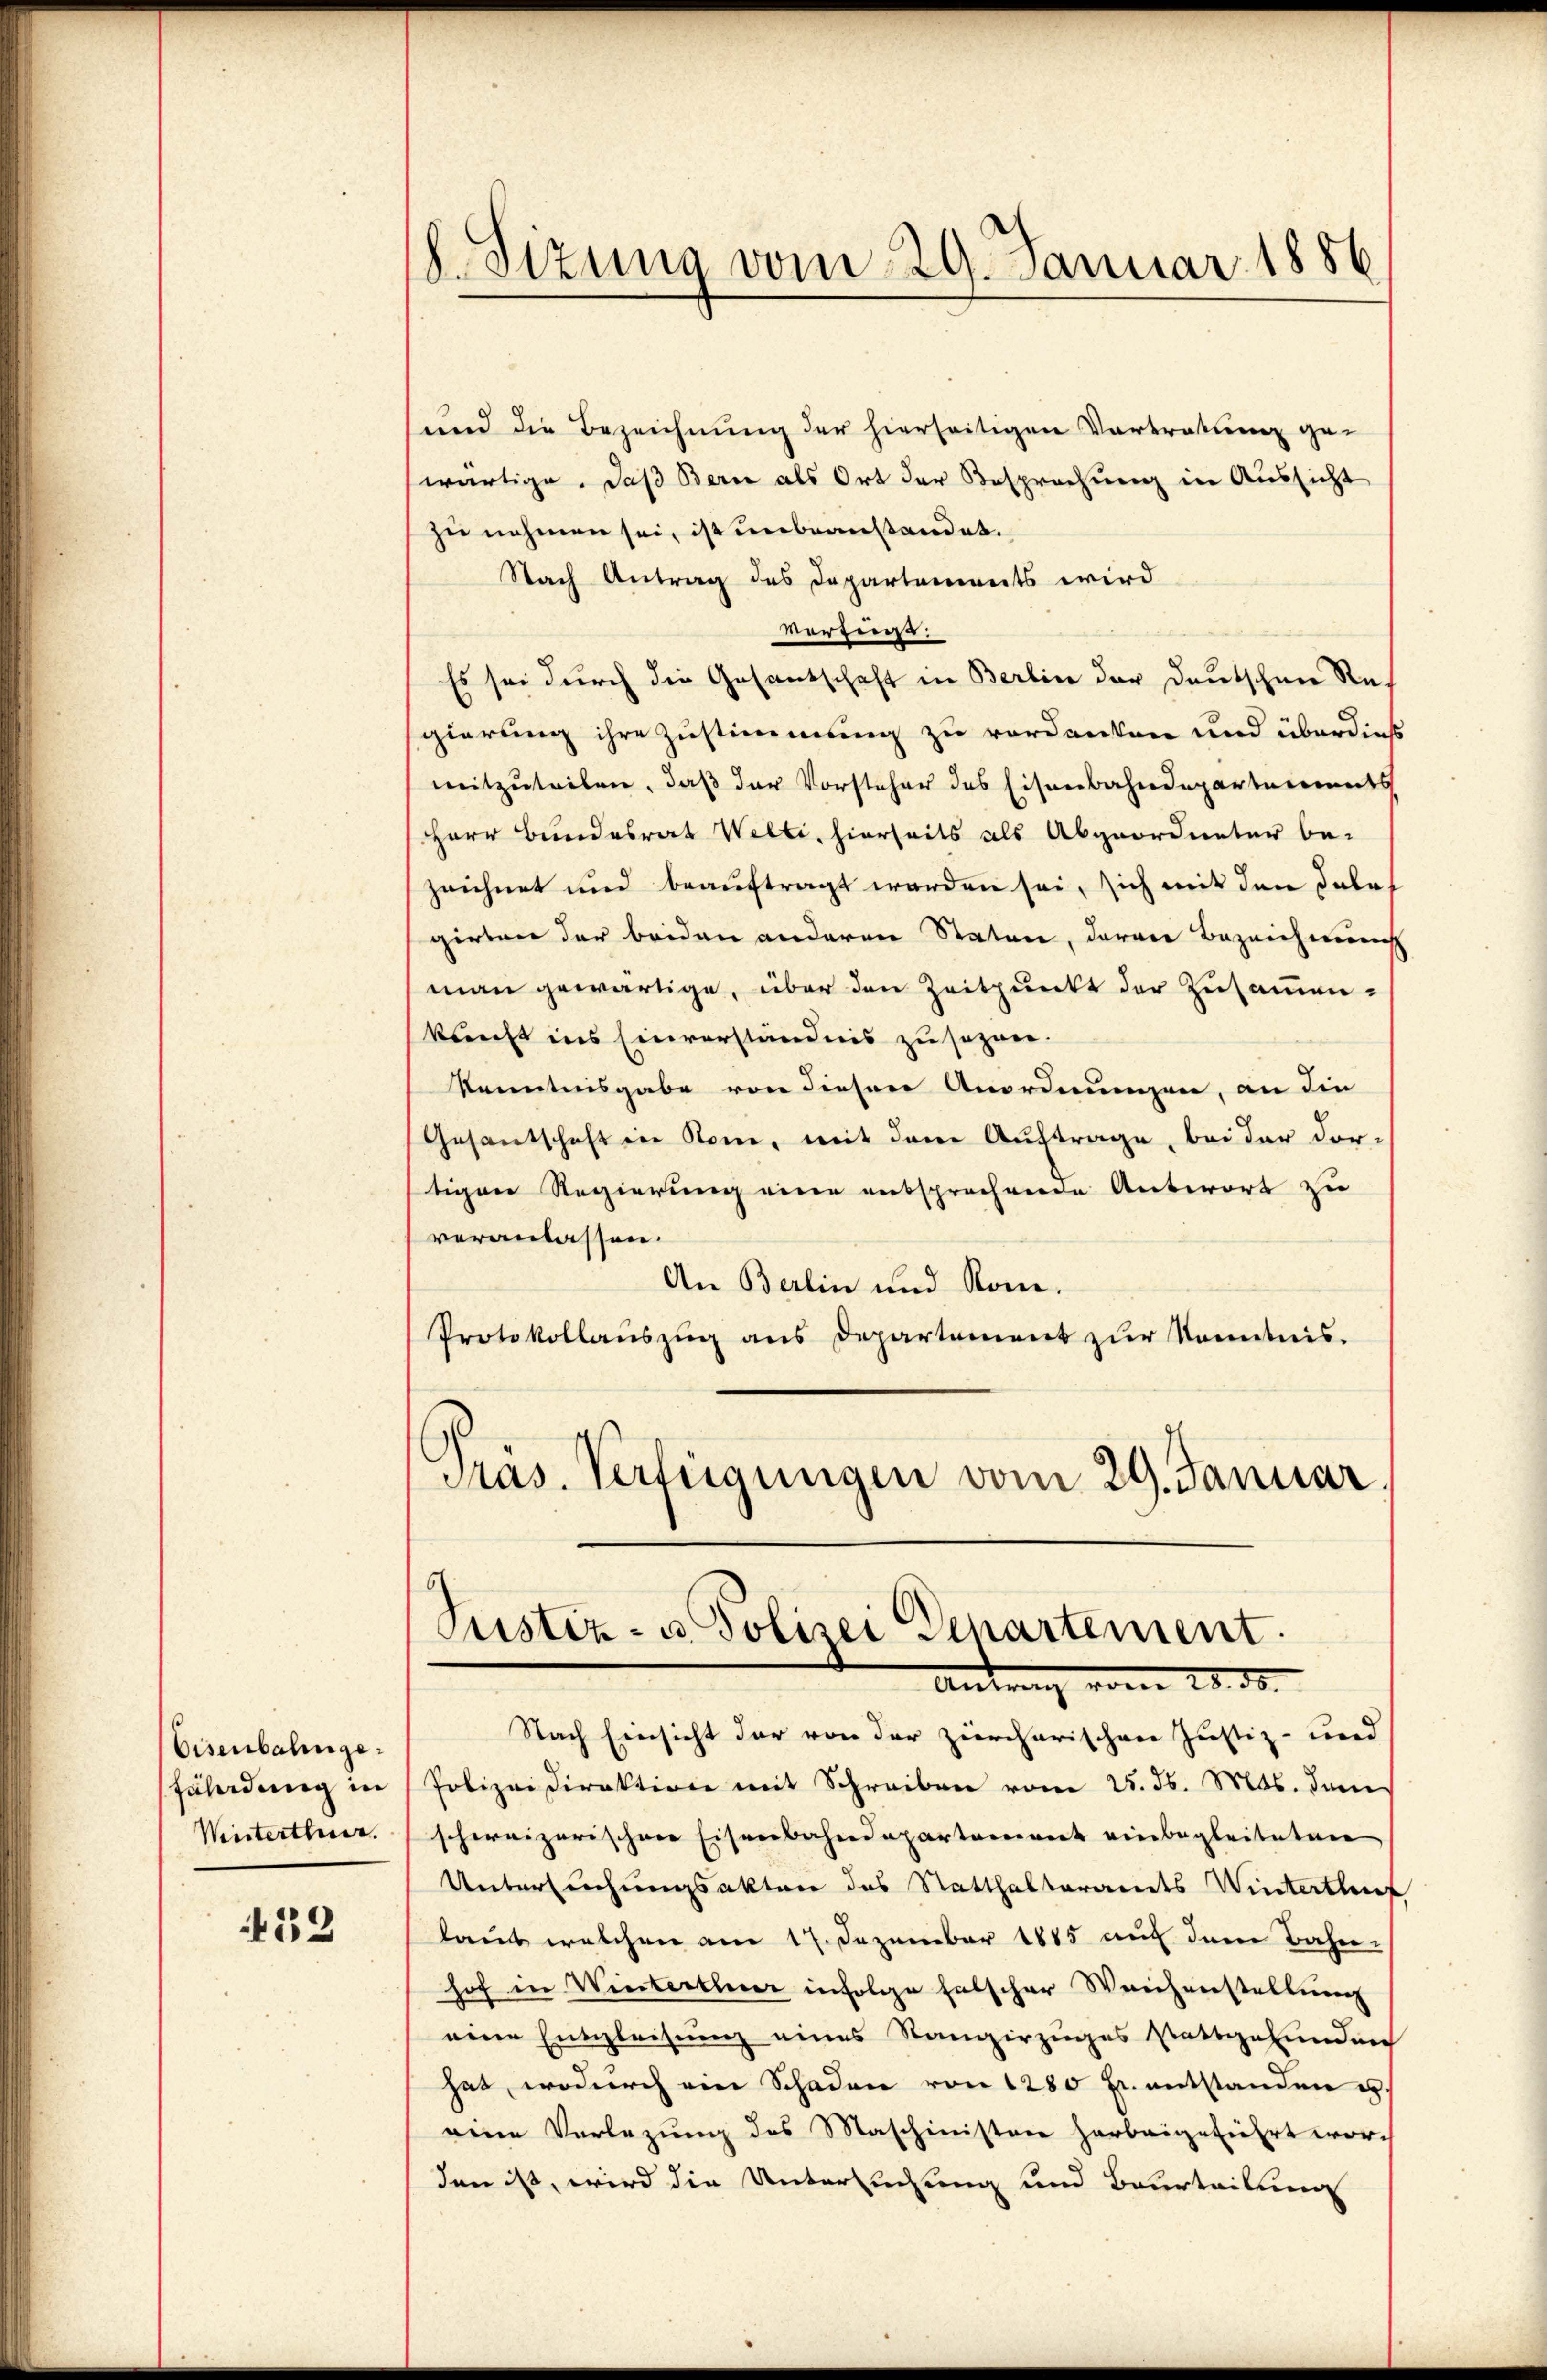
Eisenbahngefährdung in
Weiterthur.

439

.Sizung vom 29. Januar 1886

und die Bezeichnung der hierseitigen Vortratung ge-
wärtige. Daß Berne als Ort der Besprechung in Aussicht
zu nehmen sei, ist unbeanstandet.
Nach Antrag des Departements wird
vertung:
Es sei durch die Gesantschaft in Berlin der deutschen Regierung ihre Zustimmung zu verdanken und überdieß
mitzuteilen, daß der Vorsteher des Eisenbahndepartements
Herr Bundesrat Welti, hierseits als Abgeordneter be-
zeichnet und beauftragt worden sei, sich mit den dabe
girten der beiden anderen Statur, daran Bezeichnung
(man gewärtige, über den Zeitpunkt der Zusammenkunft ins Einverständnis zu sezen.
Kenntnisgabe von diesen Anordnungen, an die
Gesantschaft in Rom, mit dem Auftrage, bei der dor-
tigen Regierung einer entsprochende Antwort zu
veranlassen.
An Berlin und Rom.
Protokollauszug aus Departement zur Kenntnis.
Präs. Verfeigungen vom 29. Januar
Justiz- u. Polizei Departement.
Antrag vom 28. ds.
Nach Einsicht der von der zürcherischen Justiz- und
Polizeidirektion mit Schreiben vom 25. ds. Mts. dem
schweizerischen Eisenbahndepartement einbegleitetene
Untersuchungsakten des Statthalterandes Winterthef
laut welchen am 17. Dezember 1885 auf den Bahn-
hof in Winterthur infolge falscher Weichenstellung
eine Entgleisung eines Stangirzuges stattgefunden
hat, wodurch ein Schaden von 1280 fr. entstanden u.
eine Verlegung des Maschinisten herbeigefiehrt wor-
den ist, wird die Untersuchung und Beurteilung